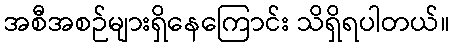
အစီအစဉ်များရှိနေကြောင်း သိရှိရပါတယ်။